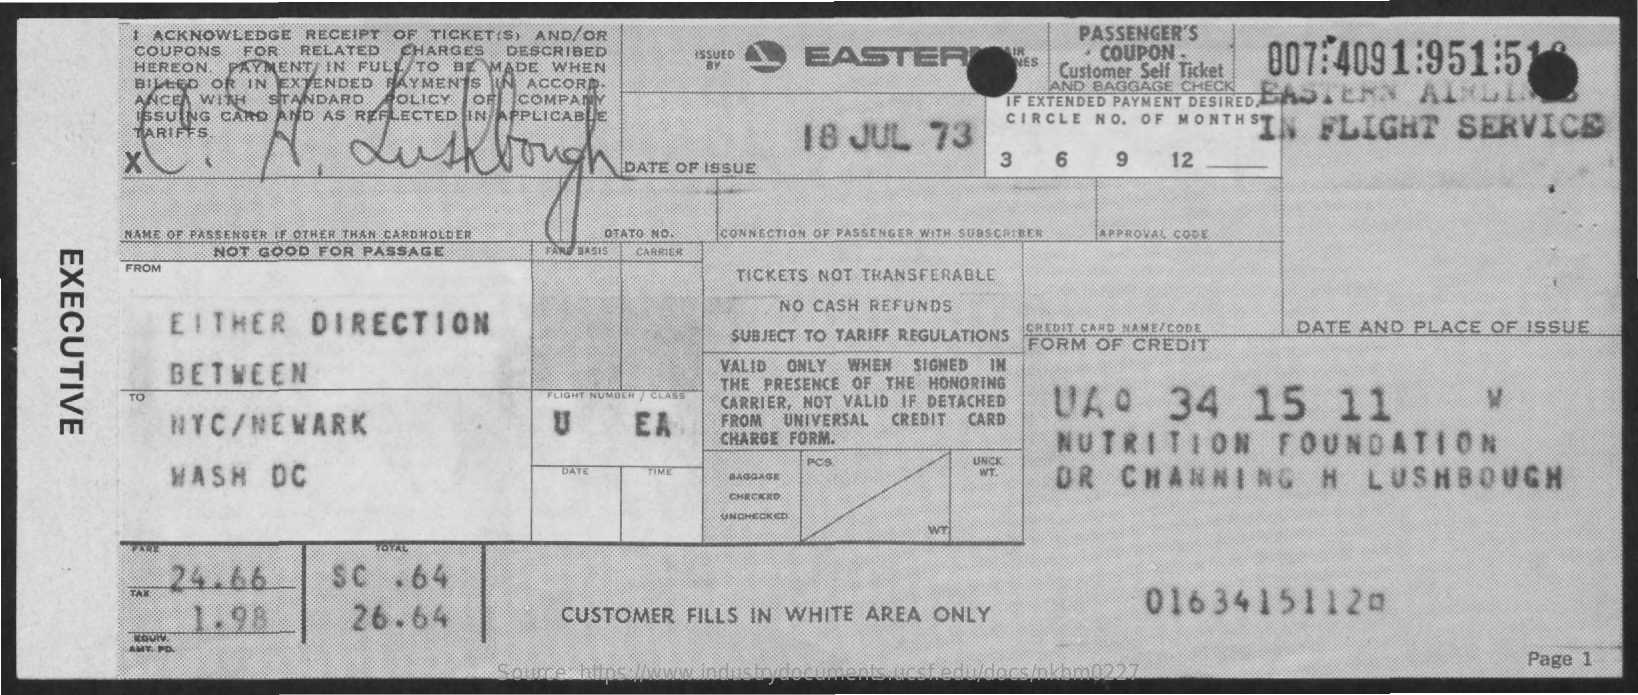
I ACKNOWLEDGE  RECEIPT OF TICKET(S) AND/OR    PASSENGER'S
     COUPONS  FOR  RELATED CHARGES  DESCRIBED    ISSUEO   EASTER    COUPON    007:4091:951:5
     HEREON PAYMENT  IN FULL TO BE MADE WHEN
     BILLED OR IN EXTENDED PAYMENTS IN ACCORP.
     Customer Self Ticket
     ANCE WINI  STANDARD   OLICY OF  COMPAN
     AND BAGGAGE CHECK
     IF EXTENDED PAYMENT DESIRED. EASTERN AL
     ISSUING CARD AND AS REFLECTED IN APPLICABLE
     IN  FLIGHT    SERVICE TARIFFS 18 JUL 73
     X    rough
     DATE OF ISSUE    3    6    9    12
     NAME OF PASSENGER IF OTHER THAN CARDHOLDER OTATO NO. CONNECTION OF PASSENGER WITH SUBSCRIBER APPROVAL CODE
     NOT GOOD FOR PASSAGE    BASIS CARRIER
     EXECUTIVE
     FROM
     TICKETS NOT TRANSFERABLE
     EITHER    DIRECTION
     NO CASH REFUNDS
     SUBJECT TO TARIFF REGULATIONS
     CREDIT CARD NAME/CODE  DATE  AND PLACE OF  ISSUE
     FORM OF CREDIT
     BETWEEN
     VALID ONLY WHEN SIGNED IN
     TO
     THE PRESENCE OF THE HONORING
     FLIGHT NUMBER CLA
     NYC/NEWARK    EA
     CARRIER, NOT VALID IF DETACHED UAº   34    15    11
     U    FROM UNIVERSAL CREDIT CARD
     CHARGE FORM.    NUTRITION    FOUNDATION
     WASH    DC    DATE   TIME
     PCS    UNCK
     RAGRAGE    WT.   OR   CHANNING    H   LUSHBOUGH
     CHREERD
     UNCHECKED
     WT
     24.66    SC   .64
     1.98    26.64    CUSTOMER   FILLS IN WHITE AREA  ONLY
     01634151120
     AMY. PO.
     Source: https://www.industrydocuments.ucsf.edu/docs/nkbm0227
     Page 1